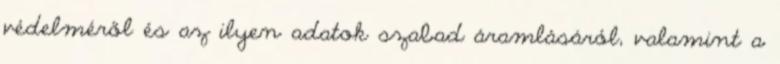
védelméről és az ilyen adatok szabad áramlásáról, valamint a